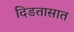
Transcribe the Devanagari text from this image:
दिडतासात